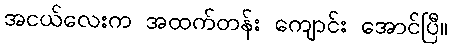
အငယ်လေးက အထက်တန်း ကျောင်း အောင်ပြီ။